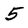
Character: 5